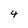
Character: 4